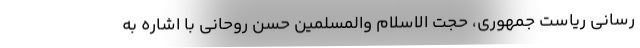
رسانی ریاست جمهوری، ‌حجت الاسلام والمسلمین حسن روحانی با اشاره به